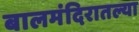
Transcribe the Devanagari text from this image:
बालमंदिरातल्या